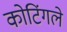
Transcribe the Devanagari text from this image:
कोटिंगले